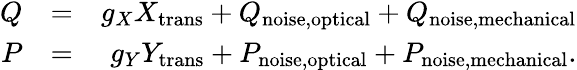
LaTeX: \begin{array}{rlr}{Q}&{=}&{g_{X}X_{\mathrm{trans}}+Q_{\mathrm{noise,optical}}+Q_{\mathrm{noise,mechanical}}}\\ {P}&{=}&{g_{Y}Y_{\mathrm{trans}}+P_{\mathrm{noise,optical}}+P_{\mathrm{noise,mechanical}}.}\end{array}